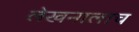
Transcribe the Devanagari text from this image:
लेखनालाच